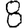
Digit: 8